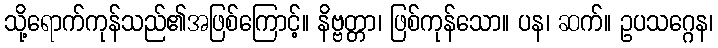
သို့ရောက်ကုန်သည်၏အဖြစ်ကြောင့်။ နိဗ္ဗတ္တာ၊ ဖြစ်ကုန်သော။ ပန၊ ဆက်။ ဥပသဂ္ဂေန၊